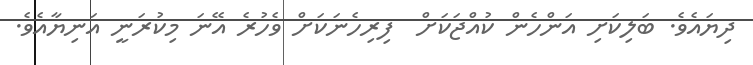
ދިޔައެވެ. ބަލިކަށި އަންހެން ކުއްޖަކަށް  ފިރިހެނަކަށް ވެހުރެ އޭނަ މިކުރަނީ އަނިޔާއެވެ.